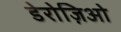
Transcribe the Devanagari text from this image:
डेरोज़िओ